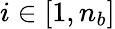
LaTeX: i\in[1,n_{b}]